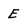
Character: E